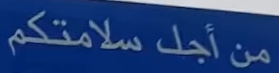
من أجل سلامتكم